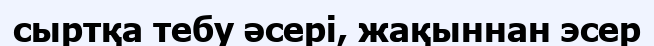
сыртқа тебу әсері, жақыннан эсер